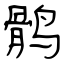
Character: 鹘